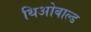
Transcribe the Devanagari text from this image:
थिओबाल्ड